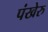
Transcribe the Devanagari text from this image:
पंखेरु